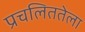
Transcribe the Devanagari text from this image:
प्रचलिततेला